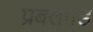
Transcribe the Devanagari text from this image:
प्रबलगड